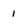
Character: 1